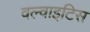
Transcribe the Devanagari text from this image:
वल्वाइटिस